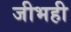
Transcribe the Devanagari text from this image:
जीभही